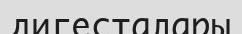
дигесталары